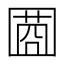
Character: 𡈌